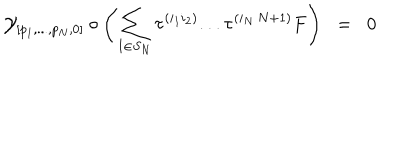
{ \cal { Y } } _ { [ p _ { 1 } , . . . , p _ { N } , 0 ] } \circ \left( \sum _ { I \in S _ { N } } \tau ^ { ( i _ { 1 } i _ { 2 } ) } . . . \tau ^ { ( i _ { N } \, N + 1 ) } F \right) \; \; = \; \; 0